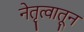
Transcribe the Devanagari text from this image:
नेतृत्वातून